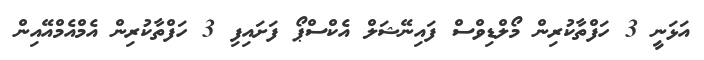
އަޅަނީ 3 ހަފްތާކުރިން މޯލްޑިވްސް ފައިނޭޝަލް އެކްސްޕޯ ފަށައިފި 3 ހަފްތާކުރިން އެމްއެމްއޭއިން